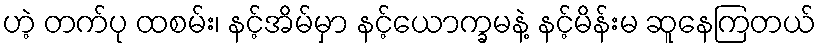
ဟဲ့ တက်ပု ထစမ်း၊ နင့်အိမ်မှာ နင့်ယောက္ခမနဲ့ နင့်မိန်းမ ဆူနေကြတယ်